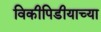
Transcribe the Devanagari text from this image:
विकीपिडीयाच्या